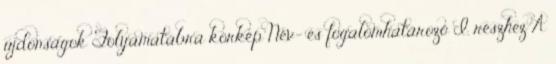
újdonságok Folyamatábra körkép Név- és fogalomhatározó I. részhez A